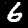
Digit: 6